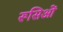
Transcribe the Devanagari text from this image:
रूसिओं